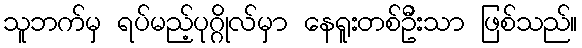
သူဘက်မှ ရပ်မည့်ပုဂ္ဂိုလ်မှာ နေရူးတစ်ဦးသာ ဖြစ်သည်။